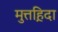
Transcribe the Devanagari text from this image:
मुत्तह़िदा